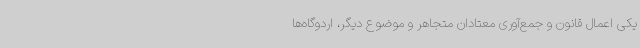
یکی اعمال قانون و جمع‌آوری معتادان متجاهر و موضوع دیگر، اردوگاه‌ها